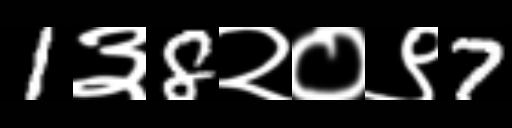
Text: 1३8२०९7